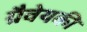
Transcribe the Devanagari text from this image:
ग्रैवेयकी